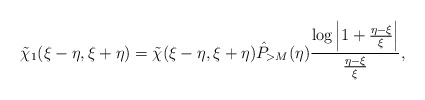
\begin{align*} \tilde{\chi}_1(\xi-\eta,\xi+\eta)=\tilde{\chi}(\xi-\eta,\xi+\eta)\hat {P}_{>M}(\eta)\frac{\log\left|1+\frac{\eta-\xi}{\xi}\right|}{\frac{\eta-\xi}{\xi}},\end{align*}